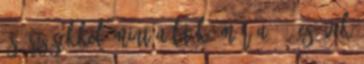
és érzésekkel, mint a látók. Már a '90-es évek